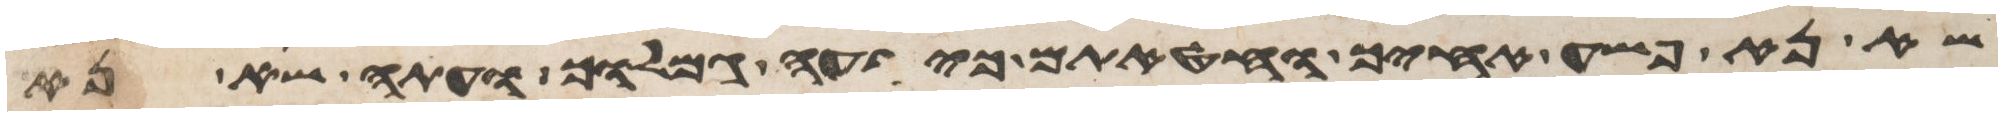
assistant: שא נא פשע אחיך וחטאתם כי רעה גמלוך ועתה שא נא